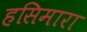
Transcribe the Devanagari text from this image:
हसिमारा